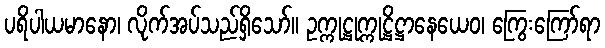
ပရိပါယမာနော၊ လိုက်အပ်သည်ရှိသော်။ ဥက္ကုဋ္ဌုက္ကုဋ္ဌိဋ္ဌာနေယေဝ၊ ကြွေးကြော်ရာ